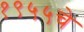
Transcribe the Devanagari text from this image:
१९५५चे